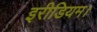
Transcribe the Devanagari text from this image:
इरीडियम।